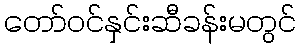
တော်ဝင်နှင်းဆီခန်းမတွင်